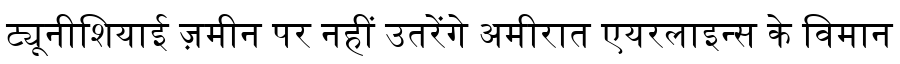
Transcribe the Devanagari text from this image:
ट्यूनीशियाई ज़मीन पर नहीं उतरेंगे अमीरात एयरलाइन्स के विमान